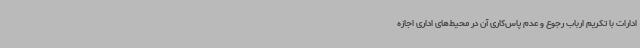
ادارات با تکریم ارباب رجوع و عدم پاس‌کاری آن در محیط‌های اداری اجازه